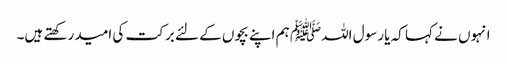
انہوں نے کہا کہ یا رسول اللہﷺ ہم اپنے بچوں کے لئے برکت کی امید رکھتے ہیں۔